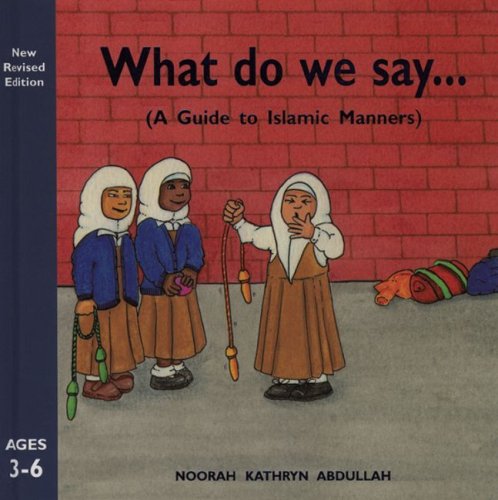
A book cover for What Do We Say?: A Guide to Islamic Manners; Noorah Kathryn Abdullah; Children's Books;